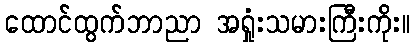
ထောင်ထွက်ဘာညာ အရှုံးသမားကြီးကိုး။